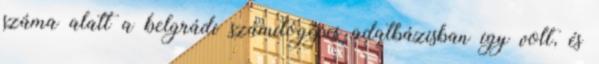
száma alatt a belgrádi számítógépes adatbázisban így volt, és